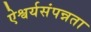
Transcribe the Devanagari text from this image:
ऐश्वर्यसंपन्नता